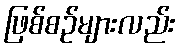
ဖြစ်စဉ်များလည်း